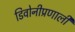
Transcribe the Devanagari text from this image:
डिवोनीप्रणाली